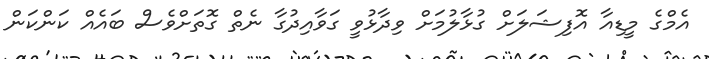
އެމްގެ މީޑިއާ އޮފިޝަލަށް ގުޅާލުމަށް ވިދާޅުވީ ގަވާއިދުގާ ނެތް ގޮތަށްވެސް ބައެއް ކަންކަން